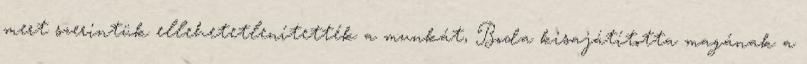
mert szerintük ellehetetlenítették a munkát, Boda kisajátította magának a